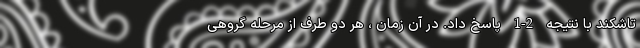
تاشکند با نتیجه 2-1 پاسخ داد. در آن زمان ، هر دو طرف از مرحله گروهی